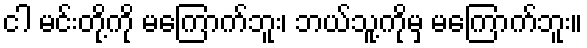
ငါ မင်းတို့ကို မကြောက်ဘူး၊ ဘယ်သူ့ကိုမှ မကြောက်ဘူး။